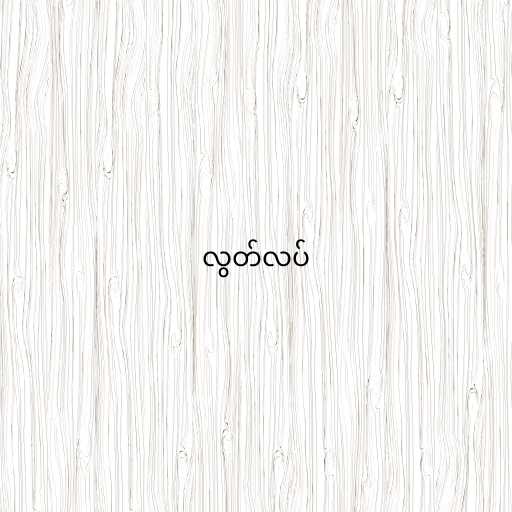
လွတ်လပ်